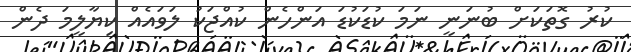
ކުރު ގޮތަކަށް ބުނަނީ ނަމަ ކުޑަކުޑަ އަންހެން ކުއްޖަކު ލަވައެއް ކިޔާލީމަ ދެން